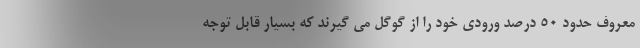
معروف حدود 50 درصد ورودی خود را از گوگل می گیرند که بسیار قابل توجه